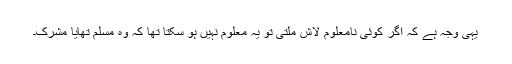
یہی وجہ ہے کہ اگر کوئی نامعلوم لاش ملتی تو یہ معلوم نہیں ہو سکتا تھا کہ وہ مسلم تھایا مشرک۔